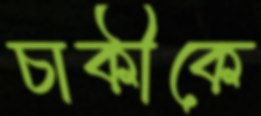
চাকীকে